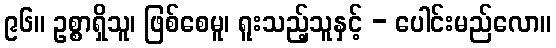
၉၆။ ဥစ္စာရှိသူ၊ ဖြစ်စေမူ၊ ရူးသည့်သူနှင့် - ပေါင်းမည်လော။